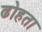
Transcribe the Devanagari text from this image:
ढोहता